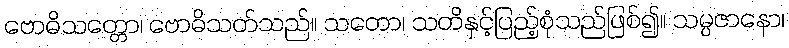
ဗောဓိသတ္တော၊ ဗောဓိသတ်သည်။ သတော၊ သတိနှင့်ပြည့်စုံသည်ဖြစ်၍။ သမ္ပဇာနော၊